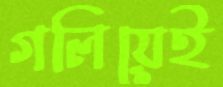
গলিয়েই